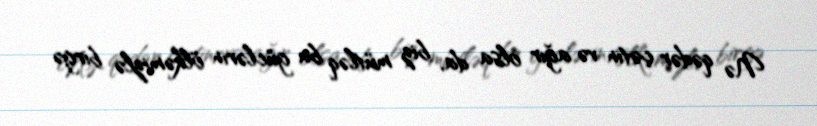
Nə qədər çətin və ağır olsa da, biz mütləq bu güclərin ölkəmizlə birgə